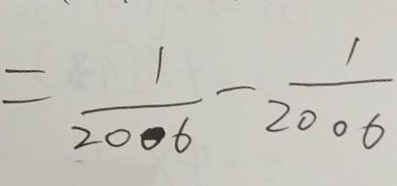
= \frac { 1 } { 2 0 0 6 } - \frac { 1 } { 2 0 0 6 }